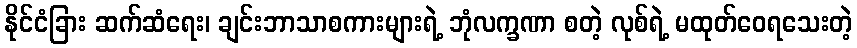
နိုင်ငံခြား ဆက်ဆံရေး၊ ချင်းဘာသာစကားများရဲ့ ဘုံလက္ခဏာ စတဲ့ လုစ်ရဲ့ မထုတ်ဝေရသေးတဲ့